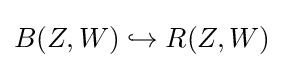
B(Z,W)\hookrightarrow R(Z,W)